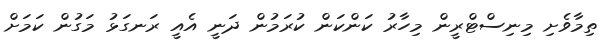
ތިމާވެށި މިނިސްޓްރީން މިހާރު ކަންކަން ކުރަމުން ދަނީ އެއީ ރަނގަޅު މަގުން ކަމަށް